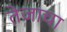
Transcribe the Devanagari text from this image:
तेजाचा